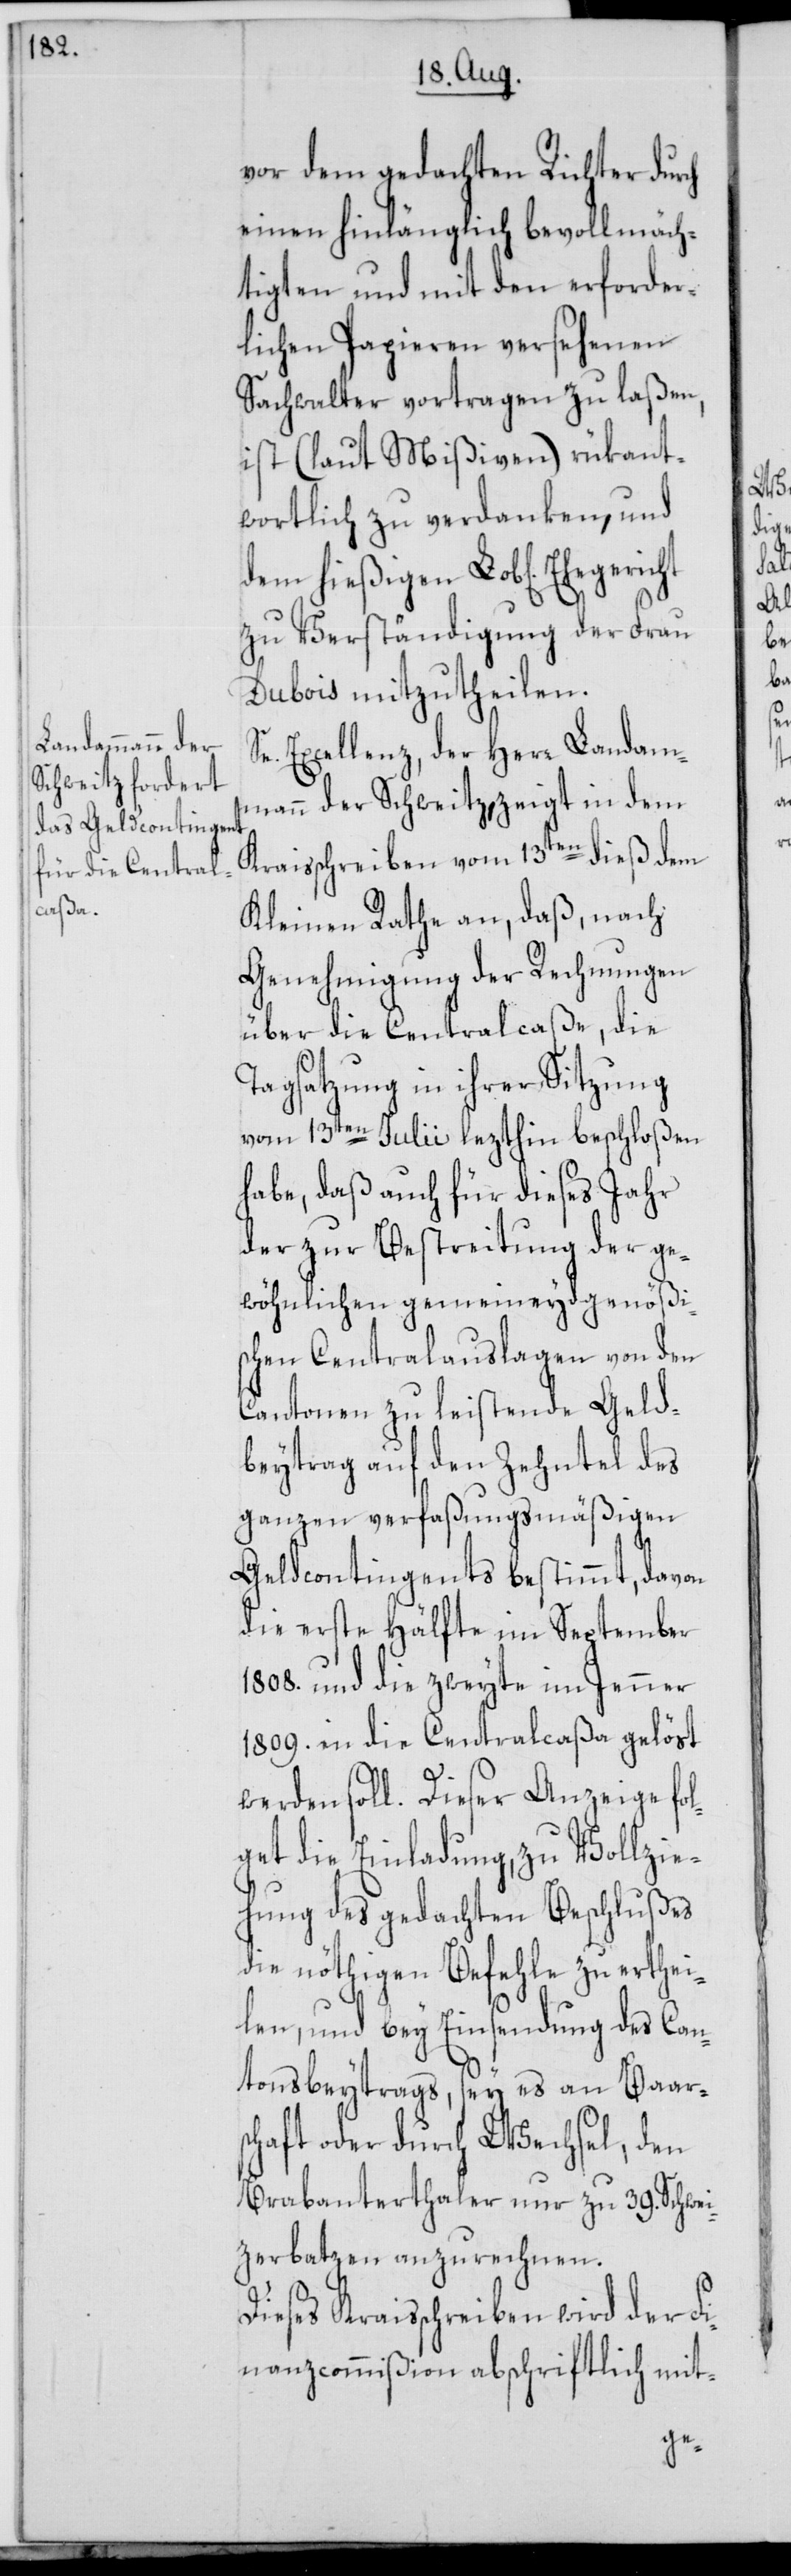
vor dem gedachten Richter durch
einen hinlänglich bevollmäch¬
tigten und mit den erforder¬
lichen Papieren versehenen
Sachwalter vortragen zu laßen,
ist (laut Mißiven) rükant¬
wortlich zu verdanken, und
dem hießigen Lob[lichen]
zu Verständigung der Frau
Dubois mitzutheilen.
e. Excellenz, der Herr Landam¬
mann der Schweitz, zeigt in dem
Kraisschreiben vom 13ten dieß dem
Kleinen Rathe an, daß, nach
Genehmigung der Rechnungen
über die Centralcaße, die
Tagsatzung in ihrer Sitzung
vom 13ten Julii lezthin beschloßen
habe, daß auch für dieses Jahr
der zur Bestreitung der ge¬
wöhnlichen gemeineydsgenößi¬
schen Centralauslagen von den
Cantonen zu leistende Geld¬
beytrag auf den Zehntel des
ganzen verfaßungsmäßigen
Geldcontingents bestimmt, davon
die erste Hälfte im September
1808. und die zweyte im Jenner
1809. in die Centralcaßa gelöst
werden soll. Dieser Anzeige fol¬
get die Einladung, zu Vollzie¬
hung des gedachten Beschlußes
die nöthigen Befehle zu erthei¬
len, und bey Einsendung des Can¬
tonsbeytrags, sey es an Baars¬
chaft oder durch Wechsel, den
Brabanterthaler nur zu 39. Schwei¬
tzerbatzen anzurechnen.
Dieses Kraisschreiben wird der Fi¬
nanzcommißion abschriftlich mit-
S¬